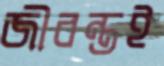
জীবন্তই